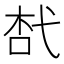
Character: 𢎋